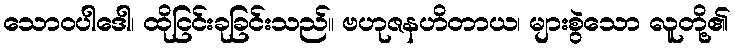
သောဝပါဒေါ၊ ထိုငြင်းခုခြင်းသည်။ ဗဟုဇနဟိတာယ၊ များစွဲသော လူတို့၏